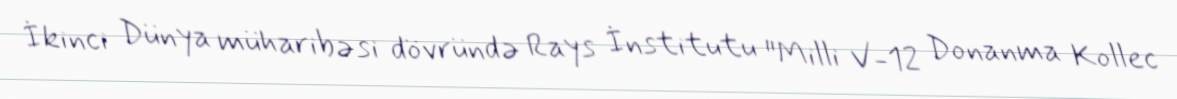
İkinci Dünya müharibəsi dövründə Rays İnstitutu "Milli V-12 Donanma Kollec